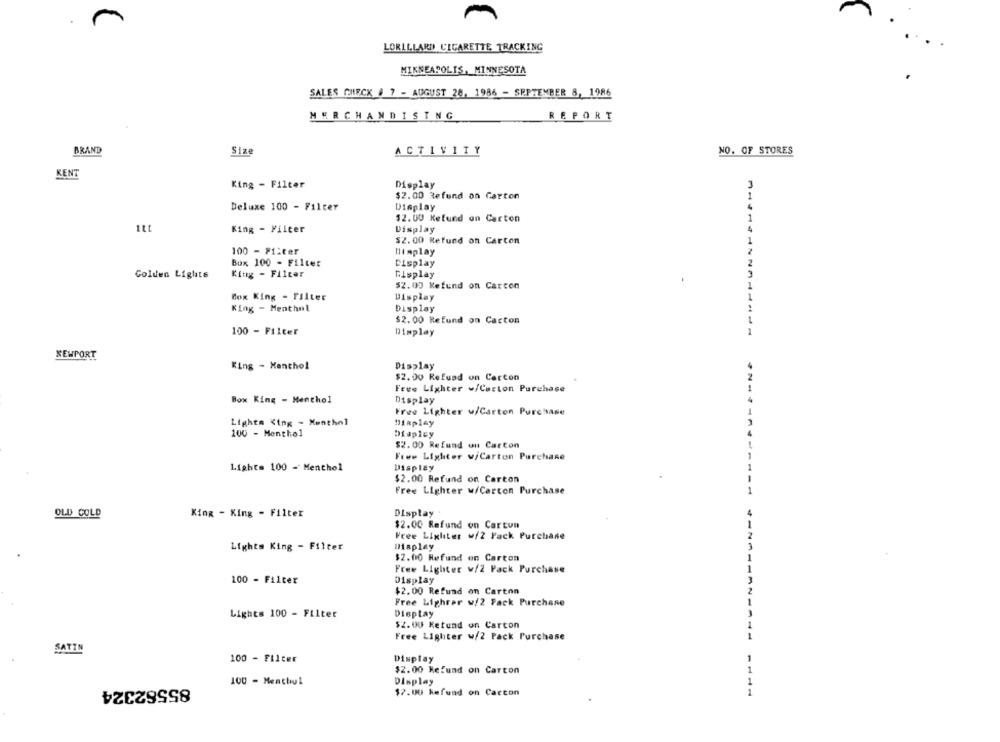
m
LORILLARD CIGARETTE TRACKING
MINNEAPOLIS, MINNESOTA
SALES CHECK # 7 - AUGUST 28, 1986 - SEPTEMBER 8, 1986
MERCHANDISING
REPORT
BRAND
Size
ACTIVITY
NO. OF STORES
KENT
King - Filter
Display
$2.00 Refund on Carton
Deluxe 100 - Filter
Display
$2.00 Kefund on Carton
King - Filter
Display
$2.00 Refund on Carton
100 - Filter
Himplay
Box 100 - Filter
Display
Golden Lights
King - Filter
Display
$2.00 Refund on Carcon
Box King - Filter
Display
King - Menthol
Display
$2.00 Refund on Carton
100 - Filter
Dimplay
NEWPORT
King - Menthol
Display
$2.00 Refuad on Carton
Free Lighter w/Carton Purchase
Box King - Menthol
Display
Free Lighter w/Carton Purchase
Lighta King - Menthol
Diaplay
100 - Menthol
Displey
$2.00 Refund un Carton
Free Lighter v/Carton Purchase
Lights 100 - Menthol
Display
$2.00 Refund on Carton
Free Lighter w/Carton Purchase
OLD GOLD
Display
King - King - Filter
$2.00 Refund on Cartun
Free Lighter w/2 Pack Purchase
Lights King - Filter
Display
$2.00 Refund en Carton
Free Lighter w/2 Pack Purchase
100 - Filter
Display
$2.00 Refund on Carton
Free Lighrer w/2 Pack Purchase
Lights 100 - Filter
Display
$2.00 Ketund on Carton
Free Lighter w/2 Pack Purchase
SATIN
100 - Filter
Display
$2.00 Refund on Carton
85562324
100 - Menthyl
Display
1
$2.00 kefund on Carcon